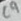
Text: C9